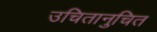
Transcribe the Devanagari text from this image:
उचितानुचित